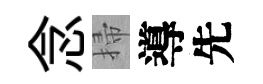
念掃導先